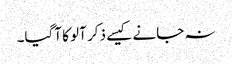
نہ جانے کیسے ذکر آلو کا آگیا۔